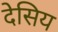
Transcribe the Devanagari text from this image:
देसिय